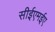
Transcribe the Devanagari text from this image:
सीईएमईए